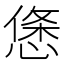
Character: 𢟂